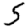
Digit: 5